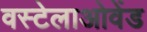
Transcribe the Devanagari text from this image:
वस्टेलाओवेंड